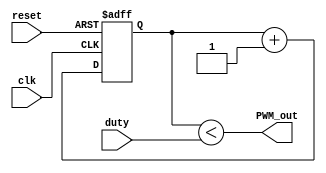
module PWM(input clk,reset , input[7:0]duty,output PWM_out);
reg [7:0]counter_d,counter_q;
always@(posedge clk,posedge reset)
begin
  if(reset)
    counter_q <= 0;
  else
    counter_q <= counter_d;
end
always@(*)
begin
    counter_d = counter_q + 1;
end
assign PWM_out = (counter_q<duty);
endmodule